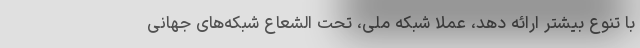
با تنوع بیشتر ارائه دهد، عملاً شبکه ملی، تحت الشعاع شبکه‌های جهانی